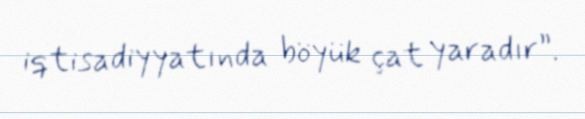
iqtisadiyyatında böyük çat yaradır”.